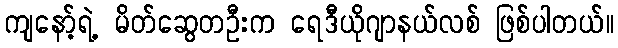
ကျနော့်ရဲ့ မိတ်ဆွေတဦးက ရေဒီယိုဂျာနယ်လစ် ဖြစ်ပါတယ်။